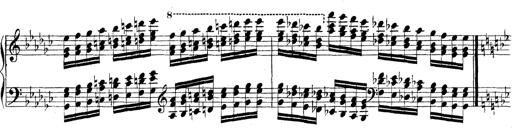
Title: Technische Studien
Composer: Franz Liszt